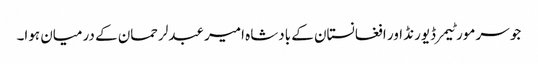
جو سر مورٹیمر ڈیورنڈ اور افغانستان کے بادشاہ امیر عبدلرحمان کے درمیان ہوا۔